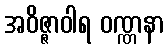
အဝိဇ္ဇာဝါရ ဝဏ္ဏနာ